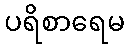
ပရိစာရေမ